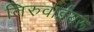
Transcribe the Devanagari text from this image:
तिरुवाईयरू